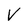
Character: V